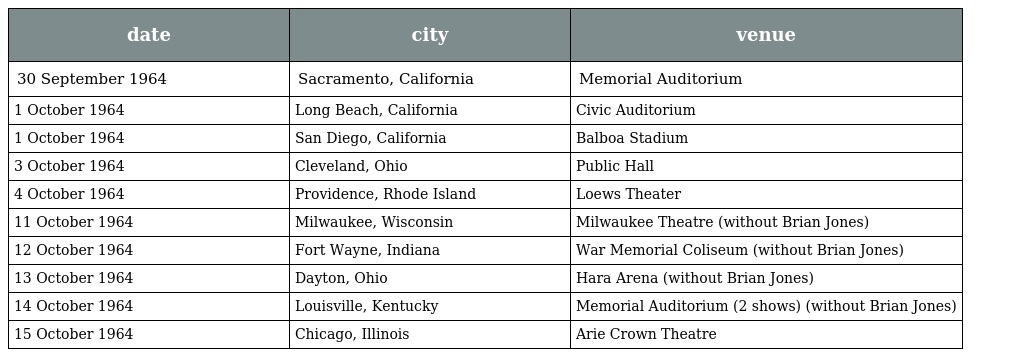
| date | city | venue |
 | --- | --- | --- |
 | 30 September 1964 | Sacramento, California | Memorial Auditorium |
 | 1 October 1964 | Long Beach, California | Civic Auditorium |
 | 1 October 1964 | San Diego, California | Balboa Stadium |
 | 3 October 1964 | Cleveland, Ohio | Public Hall |
 | 4 October 1964 | Providence, Rhode Island | Loews Theater |
 | 11 October 1964 | Milwaukee, Wisconsin | Milwaukee Theatre (without Brian Jones) |
 | 12 October 1964 | Fort Wayne, Indiana | War Memorial Coliseum (without Brian Jones) |
 | 13 October 1964 | Dayton, Ohio | Hara Arena (without Brian Jones) |
 | 14 October 1964 | Louisville, Kentucky | Memorial Auditorium (2 shows) (without Brian Jones) |
 | 15 October 1964 | Chicago, Illinois | Arie Crown Theatre |